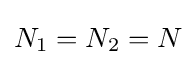
N_{1}=N_{2}=N